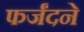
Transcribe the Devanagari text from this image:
फर्जंदने